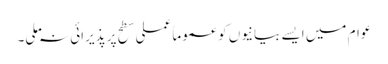
عوام میں ایسے بیانیوں کو عموما ًعملی سطح پر پذیرائی نہ ملی۔